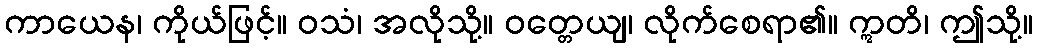
ကာယေန၊ ကိုယ်ဖြင့်။ ဝသံ၊ အလိုသို့။ ဝတ္တေယျ၊ လိုက်စေရာ၏။ ဣတိ၊ ဤသို့။